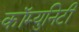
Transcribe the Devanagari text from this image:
कॉम्‍युनिटी